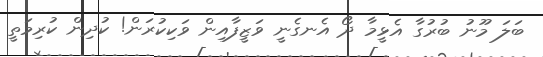
ބަލަ މޫނު ބުރުގާ އެޅީމާ ދޯ އެނގެނީ ވަޒީފާއިން ވަކިކުރަން! ކުދިން ކުރިމަތީ